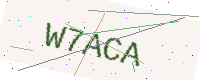
Text: W7ACA